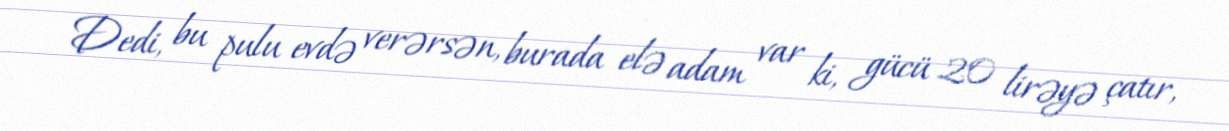
Dedi, bu pulu evdə verərsən, burada elə adam var ki, gücü 20 lirəyə çatır,